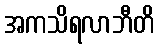
အကသိရလာဘီတိ